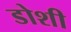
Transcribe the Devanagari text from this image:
डोशी